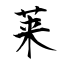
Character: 莱